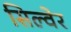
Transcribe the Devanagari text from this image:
सिल्वेर